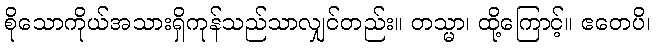
စိုသောကိုယ်အသားရှိကုန်သည်သာလျှင်တည်း။ တသ္မာ၊ ထို့ကြောင့်။ ဧတေပိ၊